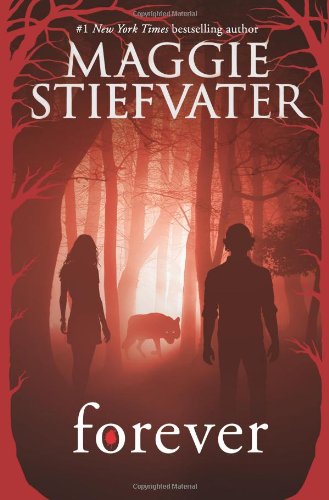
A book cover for Forever (Shiver); Maggie Stiefvater; Teen & Young Adult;